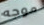
موجه